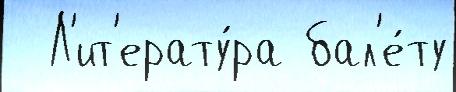
  Л'ит'ерату́ра бал'е́ту